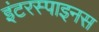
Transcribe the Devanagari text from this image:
इंटरस्पाइनस